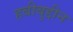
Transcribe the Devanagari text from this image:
हबीबुद्दीन